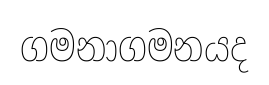
ගමනාගමනයද